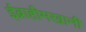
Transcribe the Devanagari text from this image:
ईब्राहीमखानी